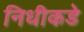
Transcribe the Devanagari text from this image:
निधीकडे